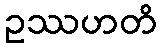
ဥဿဟတိ